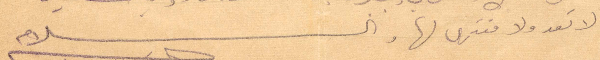
لا تعد ولا منتهى لها والسلام